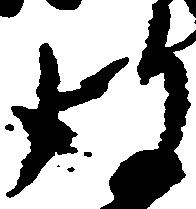
彼